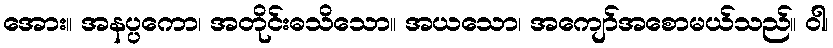
အေား။ အနပ္ပကော၊ အတိုင်းဓသိသော။ အယသော၊ အကျော်အစောမယ်သည်။ ဝါ၊